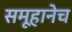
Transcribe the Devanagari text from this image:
समूहानेच